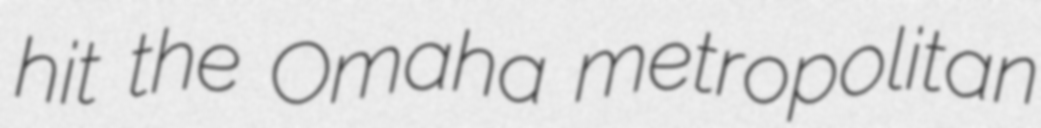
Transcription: hit the Omaha metropolitan